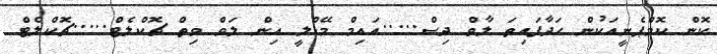
ކޮން ކޮމްޕެނީއަކުން ހަދާފައިތަ ލާވް ދިސް.....އައިމް މޭޑްލީ އިން ލަވް ވިތް ޗޮކްލެޓް.....ޗޮކްލެޓް